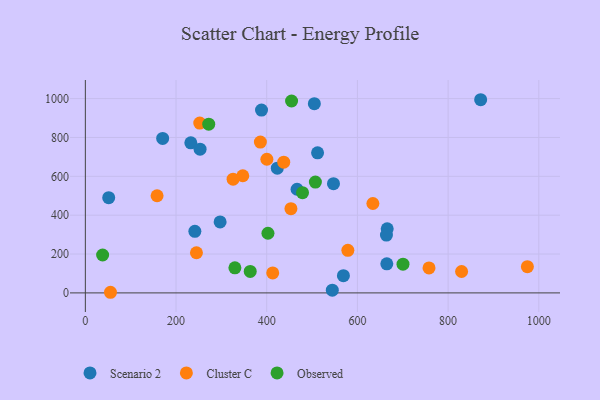
{"axis": {"x": "Engine Size", "y": "Demand"}, "legend": ["Cluster C", "Observed", "Scenario 2"], "data": [{"x": "297.2", "y": 365.2, "type": "Scenario 2"}, {"x": "569.1", "y": 88.5, "type": "Scenario 2"}, {"x": "665.7", "y": 329.8, "type": "Scenario 2"}, {"x": "241.5", "y": 316.7, "type": "Scenario 2"}, {"x": "547.2", "y": 562.1, "type": "Scenario 2"}, {"x": "664.0", "y": 297.6, "type": "Scenario 2"}, {"x": "664.8", "y": 149.4, "type": "Scenario 2"}, {"x": "423.3", "y": 642.0, "type": "Scenario 2"}, {"x": "170.5", "y": 795.2, "type": "Scenario 2"}, {"x": "466.9", "y": 533.4, "type": "Scenario 2"}, {"x": "505.0", "y": 973.8, "type": "Scenario 2"}, {"x": "544.6", "y": 13.9, "type": "Scenario 2"}, {"x": "232.6", "y": 772.5, "type": "Scenario 2"}, {"x": "512.1", "y": 721.1, "type": "Scenario 2"}, {"x": "871.8", "y": 994.2, "type": "Scenario 2"}, {"x": "51.5", "y": 489.9, "type": "Scenario 2"}, {"x": "253.0", "y": 739.9, "type": "Scenario 2"}, {"x": "388.5", "y": 940.7, "type": "Scenario 2"}, {"x": "437.5", "y": 672.7, "type": "Cluster C"}, {"x": "578.9", "y": 219.2, "type": "Cluster C"}, {"x": "400.3", "y": 687.9, "type": "Cluster C"}, {"x": "974.8", "y": 134.8, "type": "Cluster C"}, {"x": "757.9", "y": 128.4, "type": "Cluster C"}, {"x": "347.2", "y": 602.8, "type": "Cluster C"}, {"x": "634.1", "y": 460.1, "type": "Cluster C"}, {"x": "245.0", "y": 206.7, "type": "Cluster C"}, {"x": "453.4", "y": 433.6, "type": "Cluster C"}, {"x": "252.3", "y": 874.1, "type": "Cluster C"}, {"x": "413.2", "y": 102.7, "type": "Cluster C"}, {"x": "325.8", "y": 585.2, "type": "Cluster C"}, {"x": "158.2", "y": 500.1, "type": "Cluster C"}, {"x": "829.7", "y": 110.1, "type": "Cluster C"}, {"x": "55.4", "y": 3.2, "type": "Cluster C"}, {"x": "386.0", "y": 776.3, "type": "Cluster C"}, {"x": "272.1", "y": 868.3, "type": "Observed"}, {"x": "329.8", "y": 129.0, "type": "Observed"}, {"x": "478.9", "y": 516.0, "type": "Observed"}, {"x": "507.3", "y": 570.3, "type": "Observed"}, {"x": "700.5", "y": 147.7, "type": "Observed"}, {"x": "402.7", "y": 307.0, "type": "Observed"}, {"x": "454.8", "y": 987.7, "type": "Observed"}, {"x": "363.6", "y": 110.4, "type": "Observed"}, {"x": "38.1", "y": 195.1, "type": "Observed"}]}